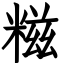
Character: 糍